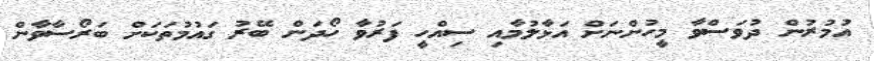
އުމުރުން ދުވަސްވާ މީހުންނަށް އަޅާލުމާއި ސިއްހީ ފަރުވާ ހޯދަން ބޭރު ގައުމުތަކަށް ބަރޯސާވާން